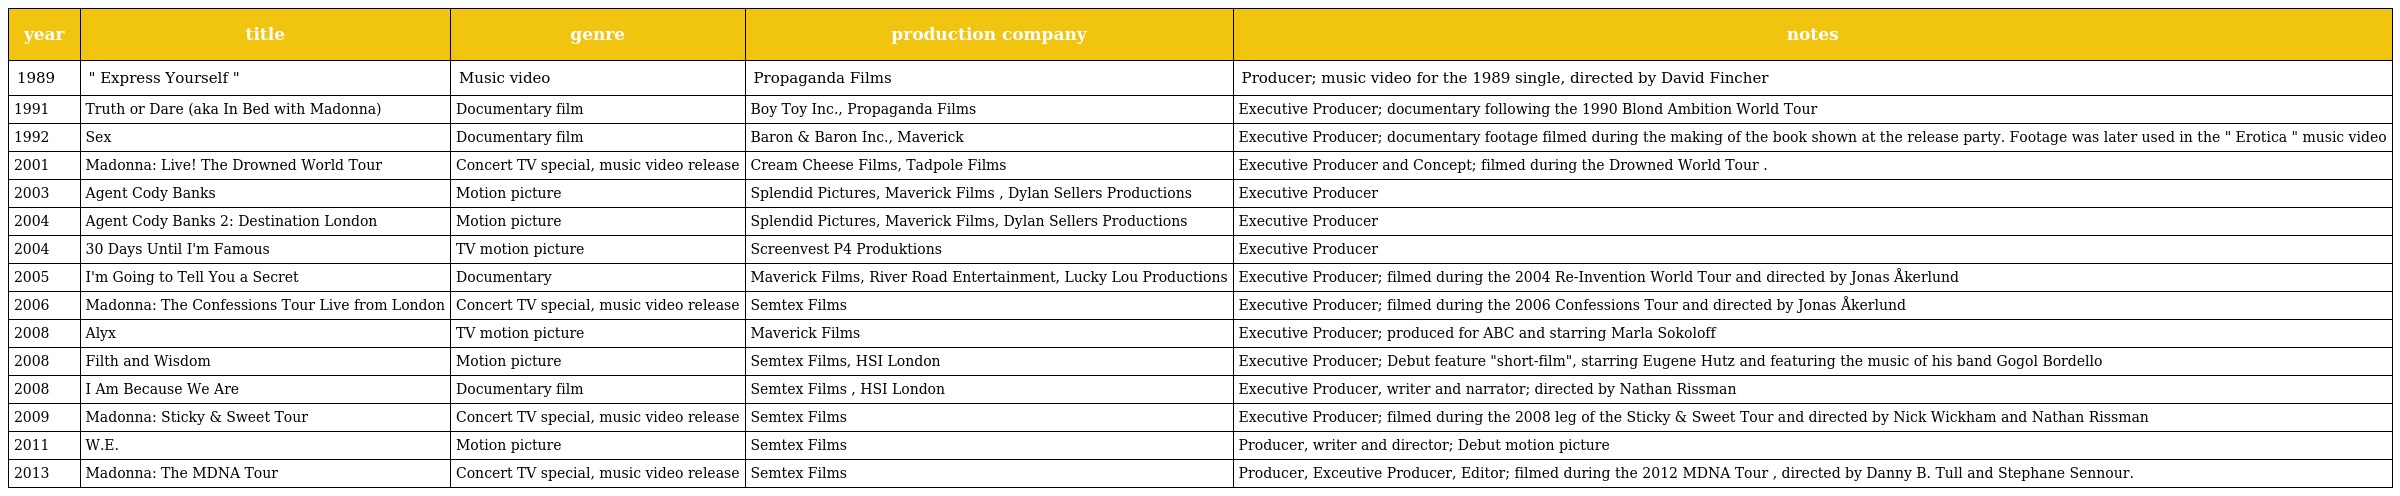
| year | title | genre | production company | notes |
 | --- | --- | --- | --- | --- |
 | 1989 | " Express Yourself " | Music video | Propaganda Films | Producer; music video for the 1989 single, directed by David Fincher |
 | 1991 | Truth or Dare (aka In Bed with Madonna) | Documentary film | Boy Toy Inc., Propaganda Films | Executive Producer; documentary following the 1990 Blond Ambition World Tour |
 | 1992 | Sex | Documentary film | Baron & Baron Inc., Maverick | Executive Producer; documentary footage filmed during the making of the book shown at the release party. Footage was later used in the " Erotica " music video |
 | 2001 | Madonna: Live! The Drowned World Tour | Concert TV special, music video release | Cream Cheese Films, Tadpole Films | Executive Producer and Concept; filmed during the Drowned World Tour . |
 | 2003 | Agent Cody Banks | Motion picture | Splendid Pictures, Maverick Films , Dylan Sellers Productions | Executive Producer |
 | 2004 | Agent Cody Banks 2: Destination London | Motion picture | Splendid Pictures, Maverick Films, Dylan Sellers Productions | Executive Producer |
 | 2004 | 30 Days Until I'm Famous | TV motion picture | Screenvest P4 Produktions | Executive Producer |
 | 2005 | I'm Going to Tell You a Secret | Documentary | Maverick Films, River Road Entertainment, Lucky Lou Productions | Executive Producer; filmed during the 2004 Re-Invention World Tour and directed by Jonas Åkerlund |
 | 2006 | Madonna: The Confessions Tour Live from London | Concert TV special, music video release | Semtex Films | Executive Producer; filmed during the 2006 Confessions Tour and directed by Jonas Åkerlund |
 | 2008 | Alyx | TV motion picture | Maverick Films | Executive Producer; produced for ABC and starring Marla Sokoloff |
 | 2008 | Filth and Wisdom | Motion picture | Semtex Films, HSI London | Executive Producer; Debut feature "short-film", starring Eugene Hutz and featuring the music of his band Gogol Bordello |
 | 2008 | I Am Because We Are | Documentary film | Semtex Films , HSI London | Executive Producer, writer and narrator; directed by Nathan Rissman |
 | 2009 | Madonna: Sticky & Sweet Tour | Concert TV special, music video release | Semtex Films | Executive Producer; filmed during the 2008 leg of the Sticky & Sweet Tour and directed by Nick Wickham and Nathan Rissman |
 | 2011 | W.E. | Motion picture | Semtex Films | Producer, writer and director; Debut motion picture |
 | 2013 | Madonna: The MDNA Tour | Concert TV special, music video release | Semtex Films | Producer, Exceutive Producer, Editor; filmed during the 2012 MDNA Tour , directed by Danny B. Tull and Stephane Sennour. |